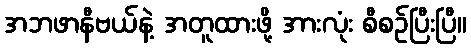
အဘဖာနီဗယ်နဲ့ အတူထားဖို့ အားလုံး စီစဉ်ပြီးပြီ။